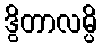
ဒွိတာလမ္ပိ